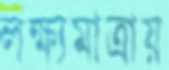
লক্ষ্যমাত্রায়